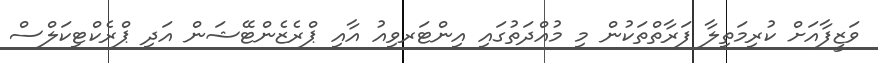
ވަޒީފާއަށް ކުރިމަތިލާ ފަރާތްތަކުން މި މުއްދަތުގައި އިންޓަރވިއު އާއި ޕްރެޒެންޓޭޝަން އަދި ޕްރެކްޓިކަލްސް